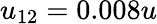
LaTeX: u_{12}=0.008u